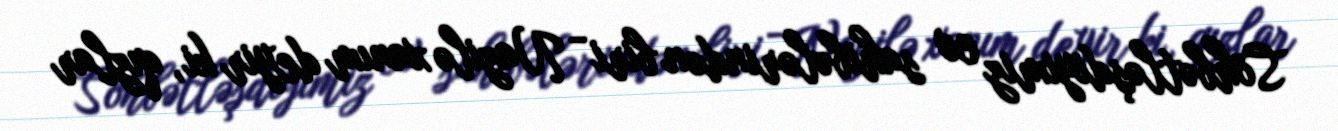
Söhbətləşdiyimiz ev sahibələrindən biri - Nazilə xanım deyir ki, qızlar